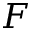
F